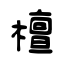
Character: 檀